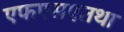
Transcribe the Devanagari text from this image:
एफएसएतथा